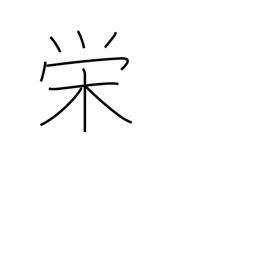
Meaning: glory